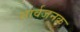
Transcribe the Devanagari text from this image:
सार्वजनक